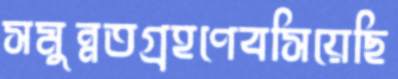
সমুন্নতগ্রহণেবসিয়েছি